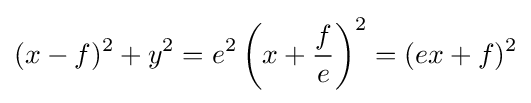
(x-f)^{2}+y^{2}=e^{2}\left(x+{\frac {f}{e}}\right)^{2}=(ex+f)^{2}